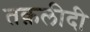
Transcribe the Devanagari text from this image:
तक़लीदी